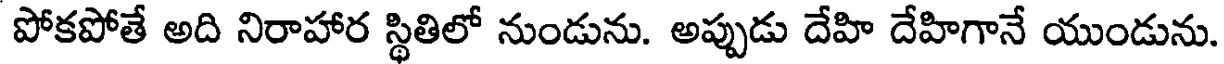
పోకపోతే అది నిరాహార స్థితిలో నుండును. అప్పుడు దేహి దేహిగానే యుండును.